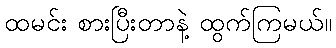
ထမင်း စားပြီးတာနဲ့ ထွက်ကြမယ်။